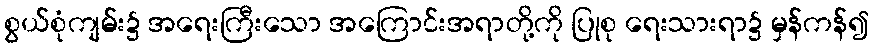
စွယ်စုံကျမ်း၌ အရေးကြီးသော အကြောင်းအရာတို့ကို ပြုစု ရေးသားရာ၌ မှန်ကန်၍